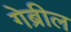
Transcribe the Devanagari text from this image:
गेब्रील